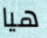
هيا